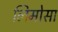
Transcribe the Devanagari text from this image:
लिमोसा